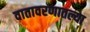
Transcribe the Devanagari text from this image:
वातावरणातल्या